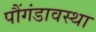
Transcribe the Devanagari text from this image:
पौंगंडावस्था